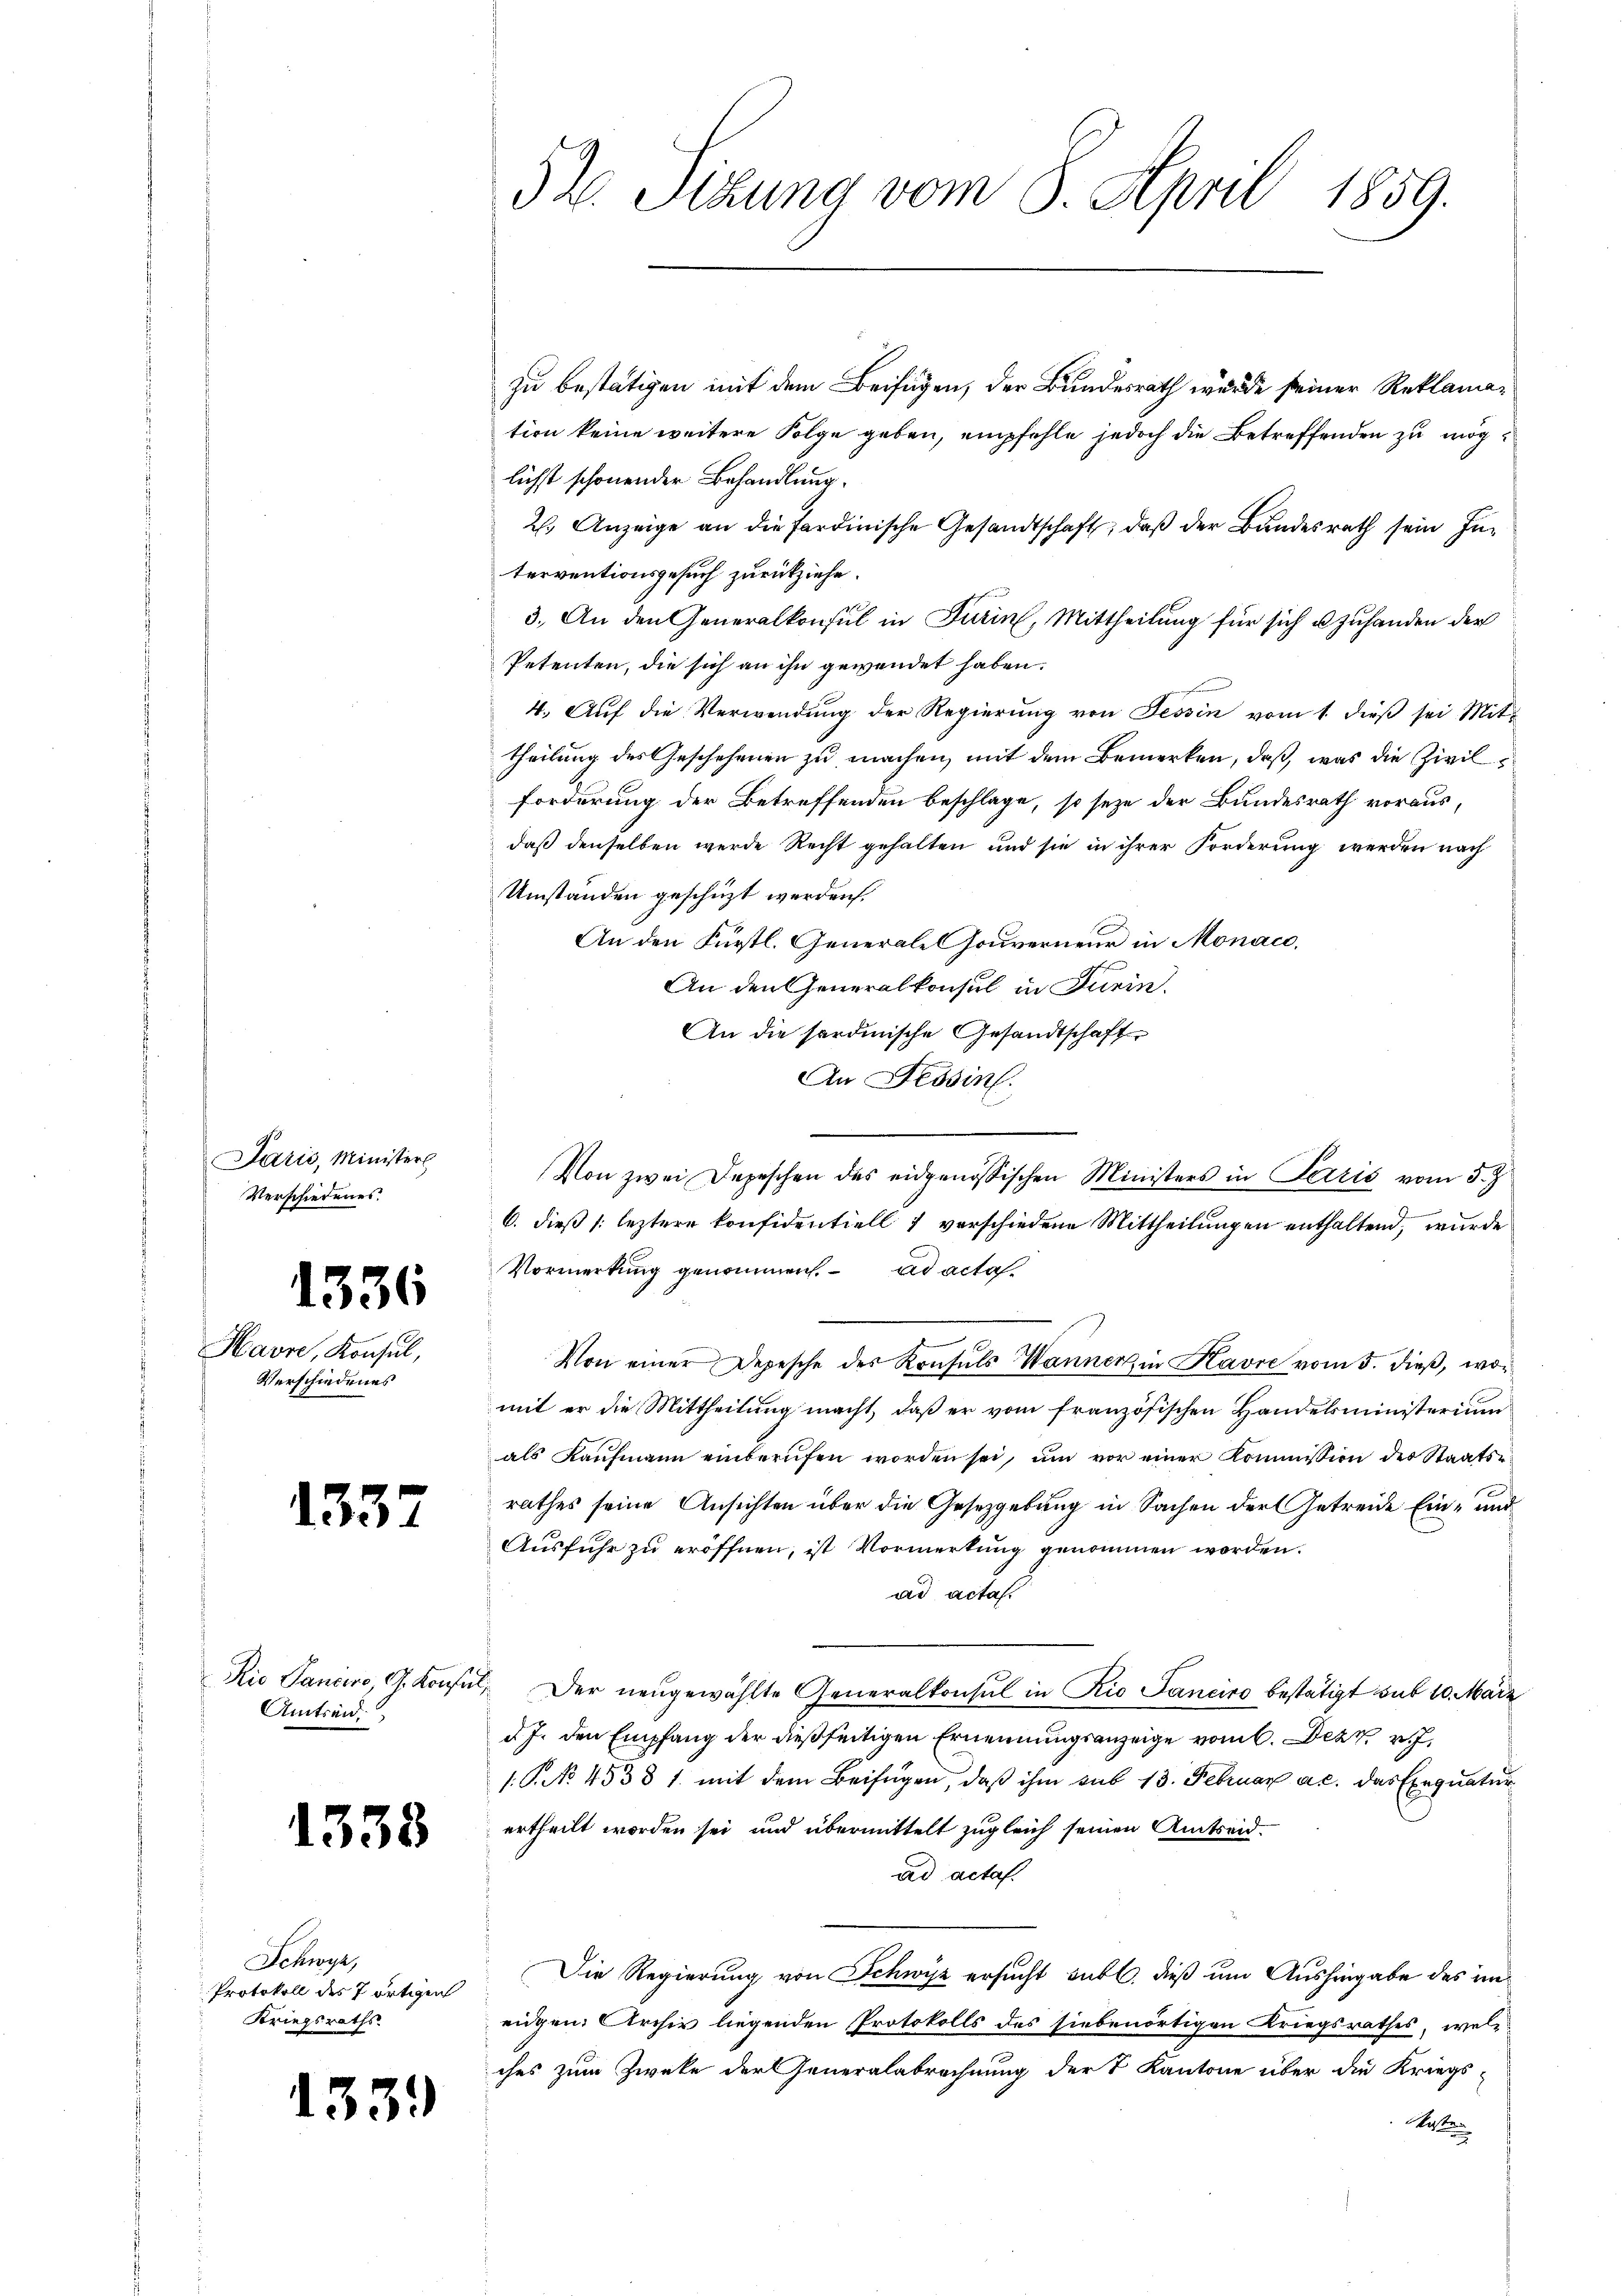
Jarić, Minister
Verschiedenes.

1336

Havre, Konsul,
Verschiedenes

1337

Rio Landere, C. Konfe
Amtseid.

1338

Schwyz,
Protokoll des 7 ortigen
Kriegsraths

1339

52. Sizung vom 8. April 1859.

zu bestätigen mit dem Beifügen, der Bundesrath wurde seiner Reklamation keine weitere Folge geben, empfehle jedoch die Betreffenden zu möglichst schönender Behandlung.
2. Anzeige an die sardinische Gesandtschaft, daß der Bundesrath sein Interventionsgesuch zurückziehe.
3. An den Generalkonsul in Turin, Mittheilung für sich u zuhanden der
Petenten, die sich an ihn gewendet haben.
4. Aŭf die Verwendŭng der Regierŭng von Tessin vom 1. dieβ sei Mit-
theilung des Geschehenen zu machen, mit dem Bemerken, daß, was die Zivil¬
Forderung der Betreffenden beschlage, so seze der Bundesrath vorausdaß denselben werde Recht gehalten und sie in ihrer Forderung werden nach
Umstanden geschüzt werden.
An den Fürstl. Generale Gouverneur in Monac
An den Generalkonsul in Turin
An die sardinische Gesandtschaft
An Tessin.
6. dieß (leztere Konfidentiell 7 verschiedene Mittheilungen enthaltend, wurde
Vormerkung genommen. ad acta
Von einer Depesche des Konsuls Wanner in Kavre vom 5. dieß, womit er die Mittheilung macht, daß er vom französischen Handelsministerium
als Kaufmann einberufen worden sei, um vor einer Kommission des Staatsrathes seine Ansichten über die Gesetzgebung in Sachen der Getreide Ein- und
Ausfuhr zu eröffnen, ist Vormerkung genommen worden.
ad actas.
Der neugewählte Generalkonsul in Rio Sancirs bestätigt sub 10. März
d. J. den Empfang der dießseitigen Ernennungsanzeige vom 6. Dez. v.
1.P. No. 4538 1. mit dem Beifügen, daß ihm sub 13. Februar a.c. das Exequatur
ertheilt worden sei und übermittelt zugleich seinen Amtseidad acta.
Die Regierung von Schwyz ersucht subl. dieß um Aushingabe des uneidgen. Archiv liegenden Protokolls des siebenortigen Kriegsrathes, wel-
ches zum Zwecke der Generalabrechnung der S. Kantone über die Kriegs-
Kosten

Von zwei Depeschen des eidgenössischen Ministers in Paris vom 5. J